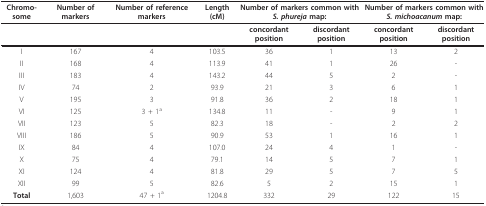
| Chromo-some | Number of markers | Number of reference markers | Length (cM) | <COLSPAN=2> Number of markers common with S. phureja map: | <COLSPAN=2> Number of markers common with S. michoacanum map: |
 | --- | --- | --- | --- | --- | --- | --- | --- |
 |  |  |  |  | concordant position | discordant position | concordant position | discordant position |
 | I | 167 | 4 | 103.5 | 36 | 1 | 13 | 2 |
 | II | 168 | 4 | 113.9 | 41 | 1 | 26 | - |
 | III | 183 | 4 | 143.2 | 44 | 5 | 2 | - |
 | IV | 74 | 2 | 93.9 | 21 | 3 | 6 | 1 |
 | V | 195 | 3 | 91.8 | 36 | 2 | 18 | 1 |
 | VI | 125 | 3 + 1a | 134.8 | 11 | - | 9 | 1 |
 | VII | 123 | 5 | 82.3 | 18 | - | 2 | 2 |
 | VIII | 186 | 5 | 90.9 | 53 | 1 | 16 | 1 |
 | IX | 84 | 4 | 107.0 | 24 | 4 | 1 | - |
 | X | 75 | 4 | 79.1 | 14 | 5 | 7 | 1 |
 | XI | 124 | 4 | 81.8 | 29 | 5 | 7 | 5 |
 | XII | 99 | 5 | 82.6 | 5 | 2 | 15 | 1 |
 | Total | 1,603 | 47 + 1a | 1204.8 | 332 | 29 | 122 | 15 |